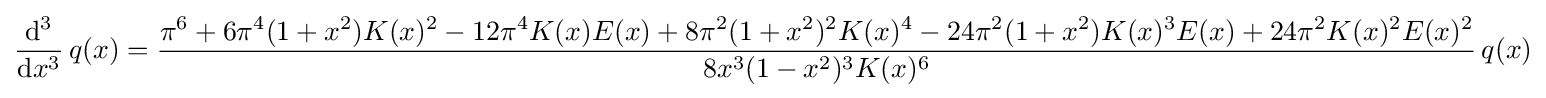
{\frac {\mathrm {d} ^{3}}{\mathrm {d} x^{3}}}\,q(x)={\frac {\pi ^{6}+6\pi ^{4}(1+x^{2})K(x)^{2}-12\pi ^{4}K(x)E(x)+8\pi ^{2}(1+x^{2})^{2}K(x)^{4}-24\pi ^{2}(1+x^{2})K(x)^{3}E(x)+24\pi ^{2}K(x)^{2}E(x)^{2}}{8x^{3}(1-x^{2})^{3}K(x)^{6}}}\,q(x)